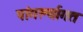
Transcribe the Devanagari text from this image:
पांगर्ल्यागत